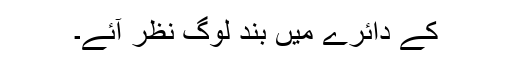
کے دائرے میں بند لوگ نظر آئے۔